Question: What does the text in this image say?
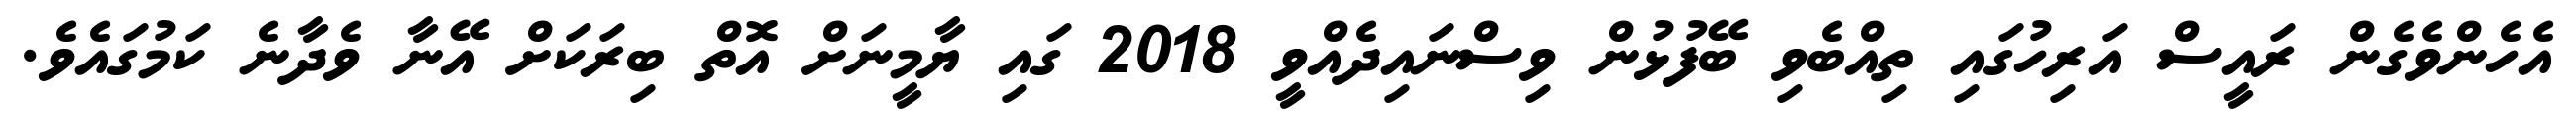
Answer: އެހެންވެގެން ރައީސް އަރިހުގައި ތިއްބެވި ބޭފުޅުން ވިސްނައިދެއްވީ 2018 ގައި ޔާމީނަށް އޮތް ބިރަކަށް އޭނާ ވެދާނެ ކަމުގައެވެ.